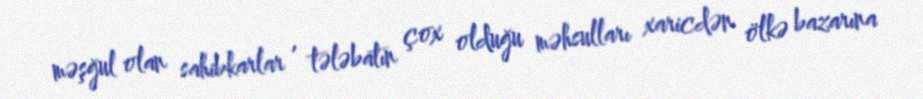
məşğul olan sahibkarlar , tələbatın çox olduğu məhsulları xaricdən ölkə bazarına